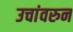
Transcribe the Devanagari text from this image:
उचांवरुन